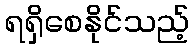
ရရှိစေနိုင်သည့်